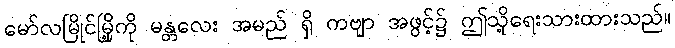
မော်လမြိုင်မြို့ကို မန္တလေး အမည် ရှိ ကဗျာ အဖွင့်၌ ဤသို့ရေးသားထားသည်။